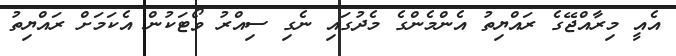
އެއީ މިރާއްޖޭގެ ރައްޔިތު އެންމެންގެ މެދުގައި ނެގި ސިއްރު ވޯޓަކުން އެކަމަށް ރައްޔިތު